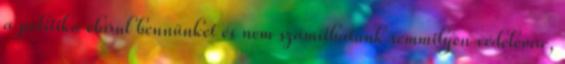
a politika elárul bennünket és nem számíthatunk semmilyen védelemre,